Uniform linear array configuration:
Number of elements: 48
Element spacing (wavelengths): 0.75
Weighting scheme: hann
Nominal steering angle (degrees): -15
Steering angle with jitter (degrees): -14.222
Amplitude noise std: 0.05
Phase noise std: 0.05

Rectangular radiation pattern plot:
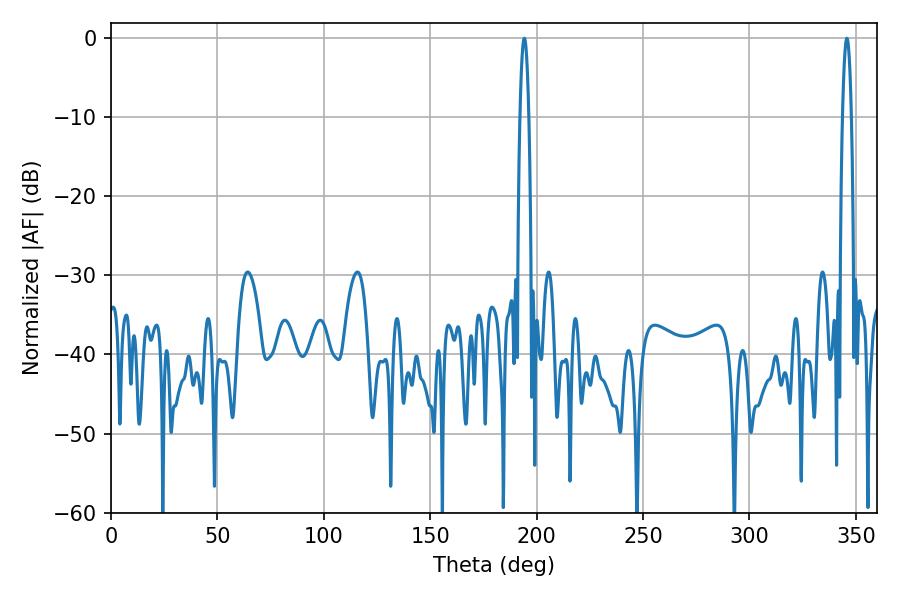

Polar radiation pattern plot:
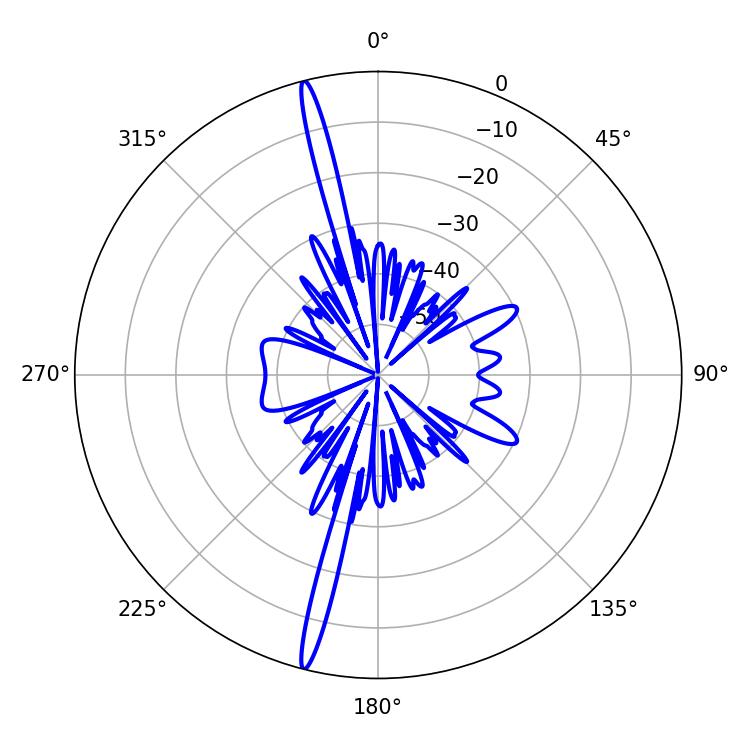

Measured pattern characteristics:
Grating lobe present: TRUE
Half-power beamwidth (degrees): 2.16
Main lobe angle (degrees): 345.78